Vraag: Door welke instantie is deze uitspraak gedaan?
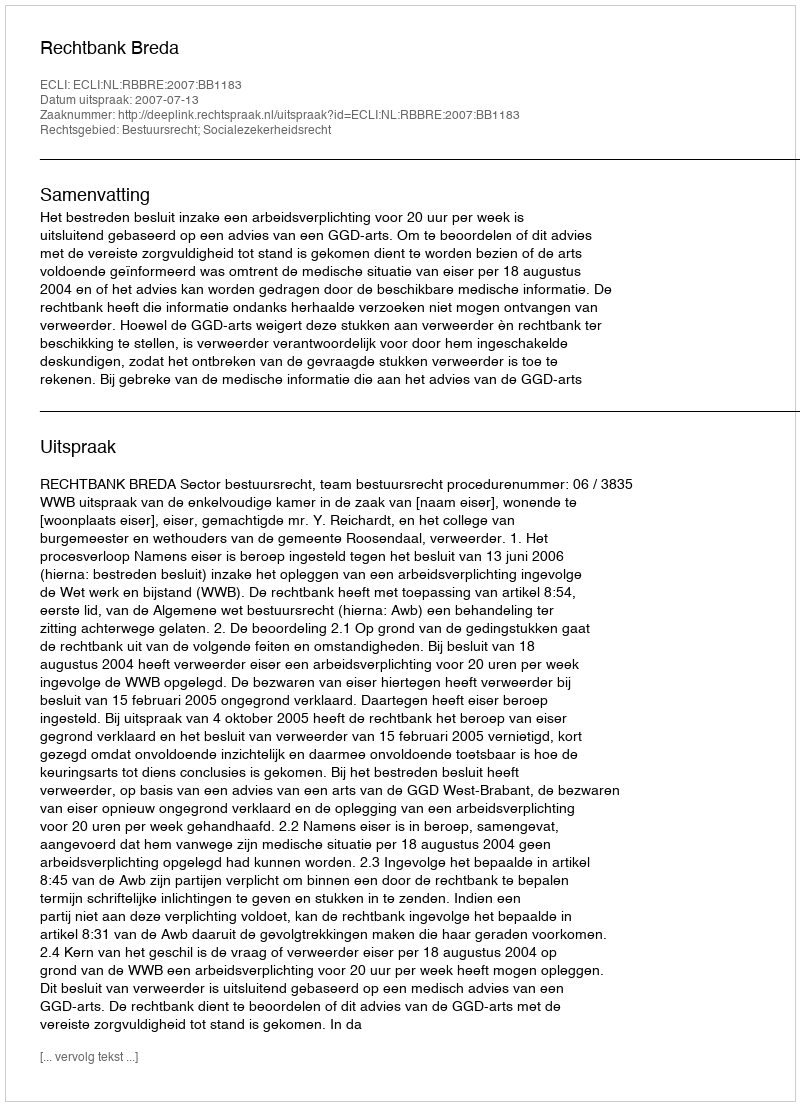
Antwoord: Rechtbank Breda